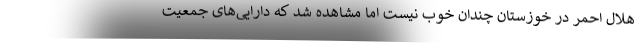
هلال احمر در خوزستان چندان خوب نیست اما مشاهده شد که دارایی‌های جمعیت